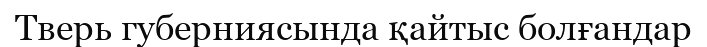
Тверь губерниясында қайтыс болғандар